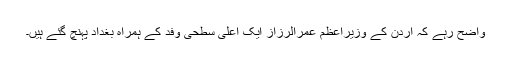
واضح رہے کہ اردن کے وزیراعظم عمرالرزاز ایک اعلیٰ سطحی وفد کے ہمراہ بغداد پہنچ گئے ہیں۔